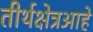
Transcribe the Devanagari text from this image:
तीर्थक्षेत्रआहे